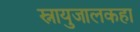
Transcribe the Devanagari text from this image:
स्नायुजालकहा